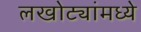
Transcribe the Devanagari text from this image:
लखोट्यांमध्ये